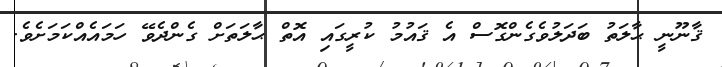
ޤާނޫނީ ޙާލަތު ބަދަލުވެގެންގޮސް އެ ޤައުމު ކުރީގައި އޮތް ޙާލަތަށް ގެންދެވޭ ހަމައެއްކަމަށެވެ.